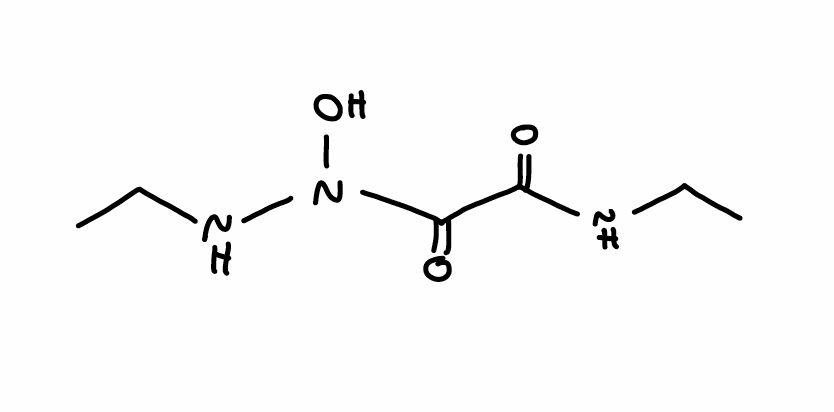
Simplified molecular-input line-entry system (SMILES) notation of the given molecule:
CCNC(=O)C(=O)N(NCC)O